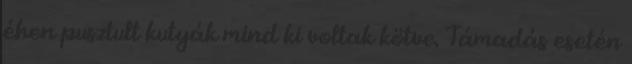
éhen pusztult kutyák mind ki voltak kötve. Támadás esetén